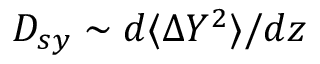
D _ { s y } \sim d \langle \Delta Y ^ { 2 } \rangle / d z